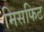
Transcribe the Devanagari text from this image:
मिसफिट